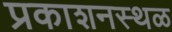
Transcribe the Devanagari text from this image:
प्रकाशनस्थळ